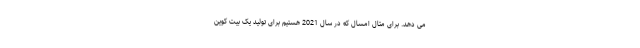
می دهد. برای مثال امسال که در سال 2021 هستیم برای تولید یک بیت کوین